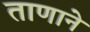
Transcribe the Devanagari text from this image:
ताणाने